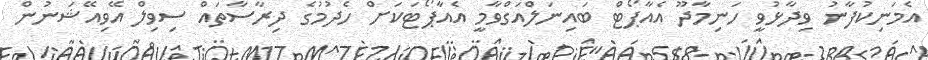
އެމަނިކުފާނު ވިދާޅުވީ ހަނިމާދޫ އެެއާޕޯޓް ބައިނަލްއަގްވާމީ އެއާޕޯޓަކަށް ހެދުމުގެ ދިރާސާތައް ސިވިލް އޭވިއޭޝަނުން